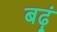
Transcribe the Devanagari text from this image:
बढ़ूं